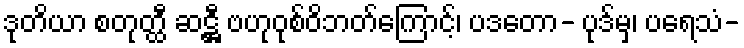
ဒုတိယာ စတုတ္ထီ ဆဋ္ဌီ ဗဟုဝုစ်ဝိဘတ်ကြောင့်၊ ပဒတော- ပုဒ်မှ၊ ပရေသံ-